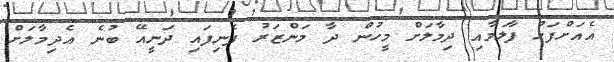
އެއަށްފަހު ފާލަމާއި ދިމާލަށް މީހުން ދާ މަންޒަރު ފެނިފައި ދަނީއޭ ބުނެ އެދިމާލަށް